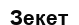
Зекет